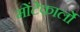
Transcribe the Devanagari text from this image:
मोंटेकार्लो